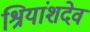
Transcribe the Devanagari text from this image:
श्रियांशदेव